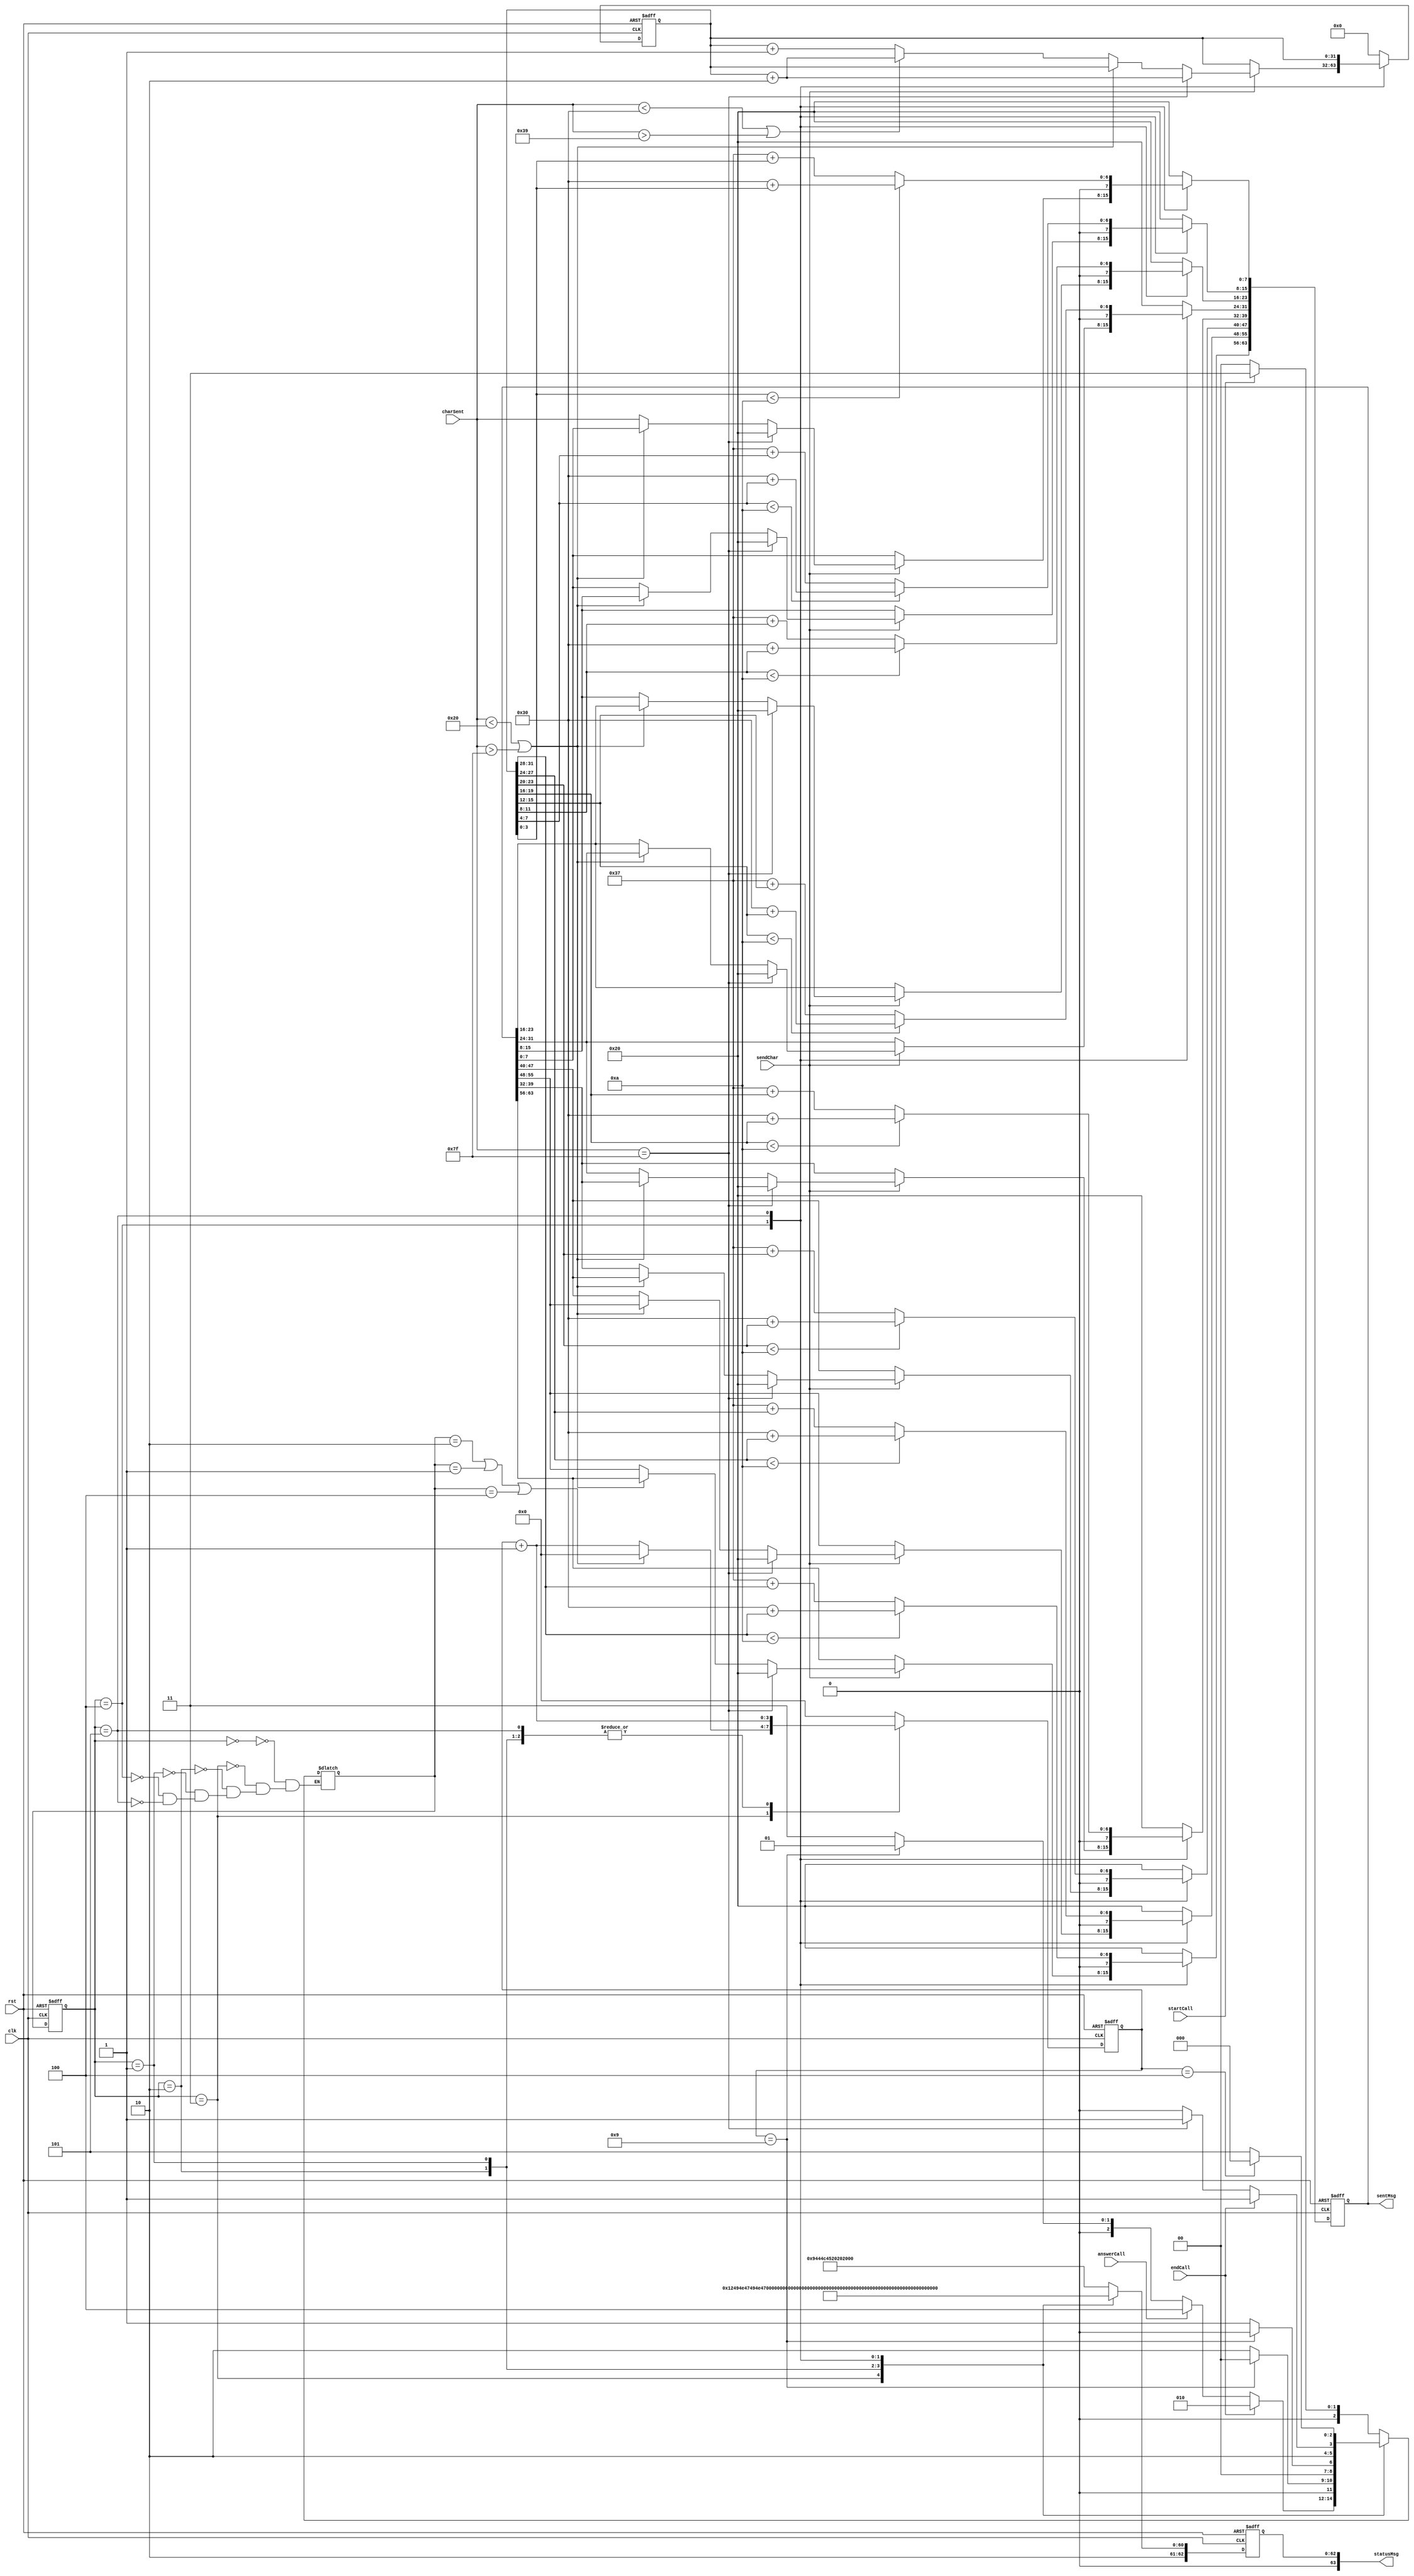
`timescale 1ns / 1ps


module tel(
    input clk,
    input rst,
    input startCall, answerCall,
    input endCall,
    input sendChar,
    input [7:0] charSent,
    output reg [63:0] statusMsg = "IDLE   ",
    output reg [63:0] sentMsg = {8{8'd32}} 
    );
    
    parameter [2:0] IDLE = 3'b000;
    parameter [2:0] BUSY = 3'b001;
    parameter [2:0] REJECTED = 3'b010;
    parameter [2:0] RINGING = 3'b011;
    parameter [2:0] CALL = 3'b100;
    parameter [2:0] COST = 3'b101;
    
    reg[2:0] curr_state, next_state;
    reg[3:0] counter = 0;
    reg[31:0] cost = 0;
    
    
    
    
      //state transitions
      always @ (posedge clk or posedge rst) begin
          if(rst) begin
              curr_state <= IDLE;
           end
           
           else begin
              curr_state <= next_state;
           end
      end
      
   
        
    
    //control registers
    always @ (posedge clk or posedge rst) begin
        if(rst) begin
            counter <= 0;
            cost <= 0;
        end
        
        else begin
            case(curr_state)
            
                IDLE: begin
                    counter <= 0;
                    cost <= 0;                    
                end
                
                RINGING: begin
                    cost <= 0;
                    counter <= counter + 1;
                    if(next_state == REJECTED | next_state == BUSY | next_state == CALL) begin
                        counter <= 0;
                    end
                end
                
                CALL: begin
                    counter <= 0;
                    if(sendChar == 1) begin
                        if(charSent == 127) begin
                            cost <= cost + 2;
                        end
                        
                        else if(charSent < 8'd32 || charSent > 8'd127) begin
                            cost <= cost;
                        end
                        
                        else begin
                            if(charSent < 8'd48 || charSent > 8'd57 ) begin
                                cost <= cost + 2;
                            end
                            else begin
                                cost <= cost + 1;
                            end
                        end
                    end
                    else begin
                        cost <= cost;
                    end                    
                end
                
                REJECTED: begin
                    cost <= 0;
                    counter <= counter + 1;
                end
                
                COST: begin
                    cost <= cost;
                    counter <= counter + 1;
                end
                
                BUSY: begin
                    cost <= 0;
                    counter <= counter + 1;
                end
                
                default:
                begin
                    cost <= 0;
                    counter <= 0;
               end
           endcase       
           
           
            /*if(curr_state == RINGING | curr_state == REJECTED | curr_state == BUSY | curr_state == COST) begin
                if(counter == 10)
                    counter <= 0;
                else
                    counter <= counter + 1;
            end
            else
                counter <= counter;
          */
       end
    end
    
    
  
    //next state
    always @ (*) 
    begin
        case(curr_state)
        
            IDLE: begin
                if(startCall == 1) begin
                    next_state <= RINGING;
                end
                else begin
                    next_state <= IDLE;                    
                end
            end
            
            RINGING: begin
                if(endCall == 1) begin
                    next_state <= REJECTED;
                end
                else if(answerCall == 1) begin
                    next_state <= CALL;
                end
                else if(counter == 9) begin
                    next_state <= BUSY;
                end    
                else begin
                    next_state <= RINGING;   
                end                             
            end
            
            REJECTED: begin
                if(counter == 9) begin
                    next_state <= IDLE; 
                end
                else begin
                    next_state <= REJECTED;
                end
            end
            
            BUSY: begin
                if(counter == 9) begin
                    next_state <= IDLE; 
                end
                else begin
                    next_state <= BUSY;
                end
            end
            
            CALL: begin
                if(endCall == 1) begin
                    next_state <= COST; 
                end
                else if(charSent == 127) begin
                    next_state <= COST;
                end
                else begin
                    next_state <= CALL;
                end
            end
            
            COST: begin
                if(counter == 4) begin
                    next_state <= IDLE;
                end
                else begin
                    next_state <= COST;
                end
            end            
         endcase        
     end
     
     //outputs
     always @ (posedge clk or posedge rst) begin
        if(rst) begin
            statusMsg <= "IDLE    ";
            sentMsg <= {8{8'd32}};
        end
        else begin 
            case(curr_state)
            
                IDLE: begin
                    statusMsg <= "IDLE    ";
                    sentMsg <= {8{8'd32}};
                end
                RINGING: begin
                    statusMsg <= "RINGING ";
                 
                    sentMsg <= {8{8'd32}};
                end
                
                REJECTED: begin
                    statusMsg <= "REJECTED";
                    sentMsg <= {8{8'd32}};
                end
                BUSY: begin
                    statusMsg <= "BUSY    ";
                    sentMsg <= {8{8'd32}};
                end
                
                CALL: begin
                     statusMsg <= "CALLER  ";
                     
                     if(sendChar == 1) begin
                        if(charSent == 8'd127) begin
                            sentMsg <= {8{8'd32}};
                        end
                        else if (charSent < 8'd32 || charSent > 8'd127) begin
                            sentMsg <= sentMsg;
                        end
                        else begin
                            sentMsg[7:0] <= charSent;
                            sentMsg[15:8] <= sentMsg[7:0];
                            sentMsg[23:16] <= sentMsg[15:8];
                            sentMsg[31:24] <= sentMsg[23:16];
                            sentMsg[39:32] <= sentMsg[31:24];
                            sentMsg[47:40] <= sentMsg[39:32];
                            sentMsg[55:48] <= sentMsg[47:40];
                            sentMsg[63:56] <= sentMsg[55:48];
                        end
                     end
                     
                     else begin
                        sentMsg <= sentMsg;
                     end     
                end
                
                COST: begin
                    statusMsg <= "COST    ";
                    sentMsg <= {8{8'd48}};
                   
                    
                    if(cost[31:28] < 4'b1010) begin
                        sentMsg[63:56] <= 48 + cost[31:28];
                    end
                    else begin
                       sentMsg[63:56] <= 55 + cost[31:28];
                    end
                        
                    if(cost[27:24] < 4'b1010) begin
                        sentMsg[55:48] <= 48 + cost[27:24];
                    end
                    else begin
                        sentMsg[55:48] <= 55 + cost[27:24];
                    end
                    if(cost[23:20] < 4'b1010) begin
                         sentMsg[47:40] <= 48 + cost[23:20];
                    end
                    else begin
                         sentMsg[47:40] <= 55 + cost[23:20];
                    end
                        
                    if(cost[19:16] < 4'b1010) begin
                        sentMsg[39:32] <= 48 + cost[19:16];
                    end
                    else begin
                        sentMsg[39:32] <= 55 + cost[19:16];
                    end
                        
                    if(cost[15:12] < 4'b1010) begin
                        sentMsg[31:24] <= 48 + cost[15:12];
                    end
                    else begin
                        sentMsg[31:24] <= 55 + cost[15:12];
                    end
                        
                    if(cost[11:8] < 4'b1010) begin
                        sentMsg[23:16] <= 48 + cost[11:8];
                    end
                    else begin
                        sentMsg[23:16] <= 55 + cost[11:8];
                    end
                        
                    if(cost[7:4] < 4'b1010) begin
                        sentMsg[15:8] <= 48 + cost[7:4];
                    end
                    else begin
                        sentMsg[15:8] <= 55 + cost[7:4];
                    end
                        
                    if(cost[3:0] < 4'b1010) begin
                        sentMsg[7:0] <= 48 + cost[3:0];
                    end
                    else begin
                        sentMsg[7:0] <= 55 + cost[3:0];
                    end
                    
                end
                
                default
                begin
                             statusMsg <= "IDLE    ";
                             sentMsg <= {8{8'd32}};
                end
                
            endcase
                    
        end
     end    
    
endmodule